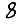
Digit: 8